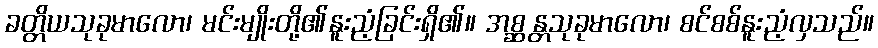
ခတ္တိယသုခုမာလော၊ မင်းမျိုးတို့၏နူးညံ့ခြင်းရှိ၏။ အစ္ဆန္တသုခုမာလော၊ စင်စစ်နူးညံ့လှသည်။